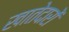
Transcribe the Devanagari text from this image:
खातेदारों